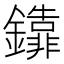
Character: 𨯕